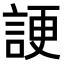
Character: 𧨒